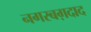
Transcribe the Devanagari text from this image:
नगरबग़दाद